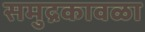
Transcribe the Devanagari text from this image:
समुद्रकावळा